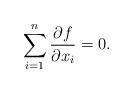
LaTeX: \begin{align*} \sum_{i=1}^n \frac{\partial f}{\partial x_i} = 0.\end{align*}